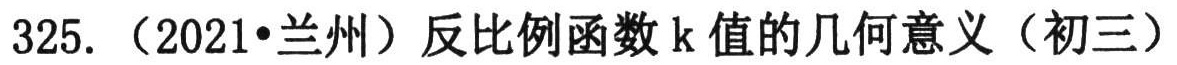
325.（2021•兰州）反比例函数\(k\)值的几何意义（初三）